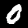
Digit: 0